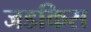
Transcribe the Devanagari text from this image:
जडकिस